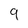
Character: 9